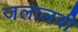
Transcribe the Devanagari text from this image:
जलालवी